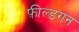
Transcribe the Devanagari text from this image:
फ़ील्डगन